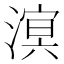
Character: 𪷆